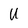
Character: U